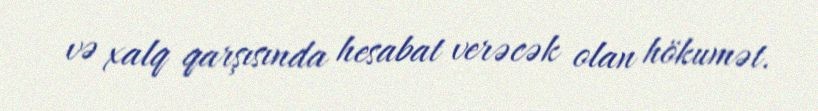
və xalq qarşısında hesabat verəcək olan hökumət.